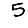
Digit: 5